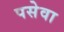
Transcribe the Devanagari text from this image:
पसेवा